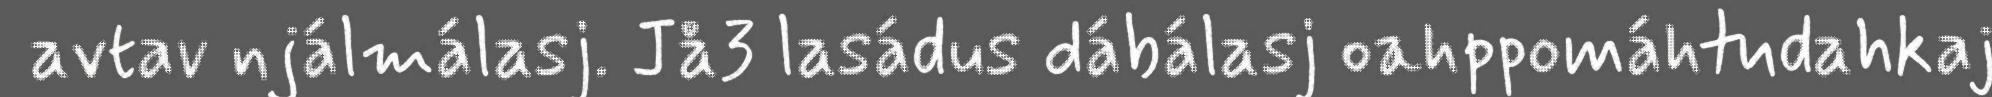
avtav njálmálasj. Jå3 lasádus dábálasj oahppomáhtudahkaj